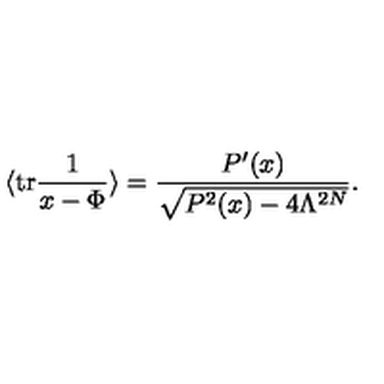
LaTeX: \langle \mathrm { t r } \frac { 1 } { x - \Phi } \rangle = \frac { P ^ { \prime } ( x ) } { \sqrt { P ^ { 2 } ( x ) - 4 \Lambda ^ { 2 N } } } .